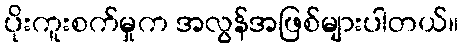
ပိုးကူးစက်မှုက အလွန်အဖြစ်များပါတယ်။